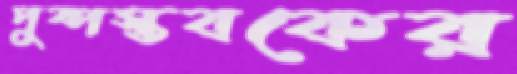
পুষ্পস্তবকের